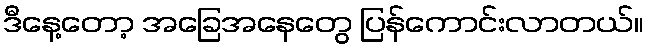
ဒီနေ့တော့ အခြေအနေတွေ ပြန်ကောင်းလာတယ်။